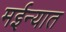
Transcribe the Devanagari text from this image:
मईन्यात